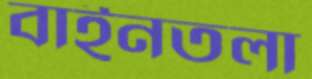
বাইনতলা